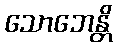
သောဘေန္တိ